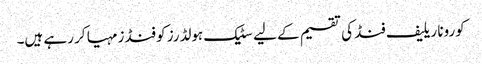
کورونا ریلیف فنڈ کی تقسیم کے لیے سٹیک ہولڈرز کو فنڈز مہیا کر رہے ہیں۔